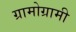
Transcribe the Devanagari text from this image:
ग्रामोग्रामी